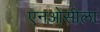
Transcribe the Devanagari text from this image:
एनओसीला